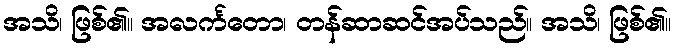
အသိ၊ ဖြစ်၏။ အလင်္ကတော၊ တန်ဆာဆင်အပ်သည်။ အသိ၊ ဖြစ်၏။